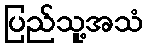
ပြည်သူ့အသံ